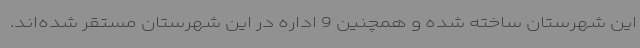
این شهرستان ساخته شده و همچنین 9 اداره در این شهرستان مستقر شده‌اند.